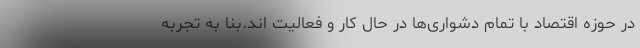
در حوزه اقتصاد با تمام دشواری‌ها در حال کار و فعالیت اند.بنا به تجربه